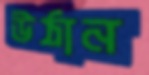
উঠান